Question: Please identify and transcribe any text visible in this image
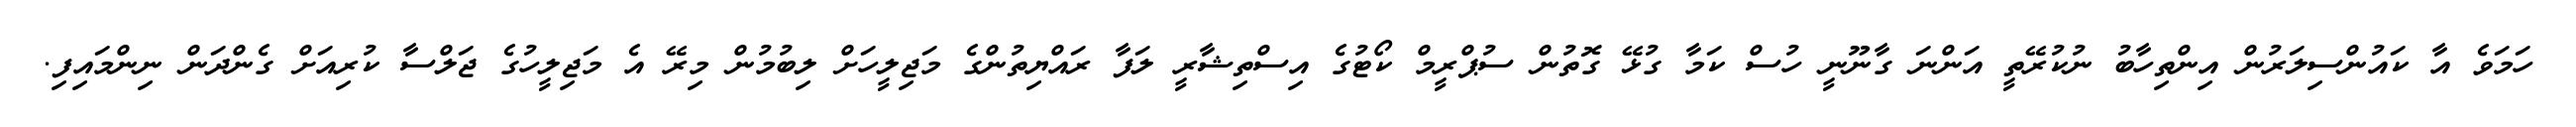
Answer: ހަމަވެ އާ ކައުންސިލަރުން އިންތިހާބު ނުކުރޭތީ އަންނަ ގާނޫނީ ހުސް ކަމާ ގުޅޭ ގޮތުން ސުޕްރީމް ކޯޓުގެ އިސްތިޝާރީ ލަފާ ރައްޔިތުންގެ މަޖިލީހަށް ލިބުމުން މިރޭ އެ މަޖިލީހުގެ ޖަލްސާ ކުރިއަށް ގެންދަން ނިންމައިފި.